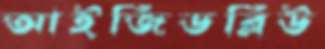
আইজিডব্লিউ